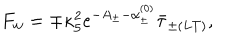
F _ { w } = \mp \kappa _ { 5 } ^ { 2 } e ^ { - A _ { \pm } - \alpha _ { \pm } ^ { ( 0 ) } } \bar { \tau } _ { \pm ( L T ) } ,